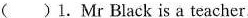
( )1. Mr Black is a teacher.